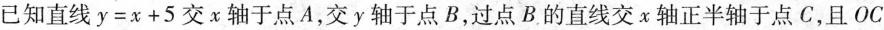
已知直线$$y = x + 5$$交x轴于点A，交y轴于点B，过点B的直线交x轴正半轴于点C，且$$OC